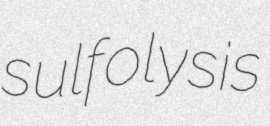
sulfolysis